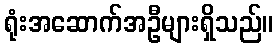
ရုံးအဆောက်အဦများရှိသည်။